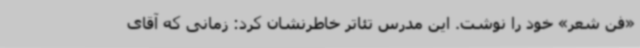
«فن شعر» خود را نوشت. این مدرس تئاتر خاطرنشان کرد: زمانی که آقای